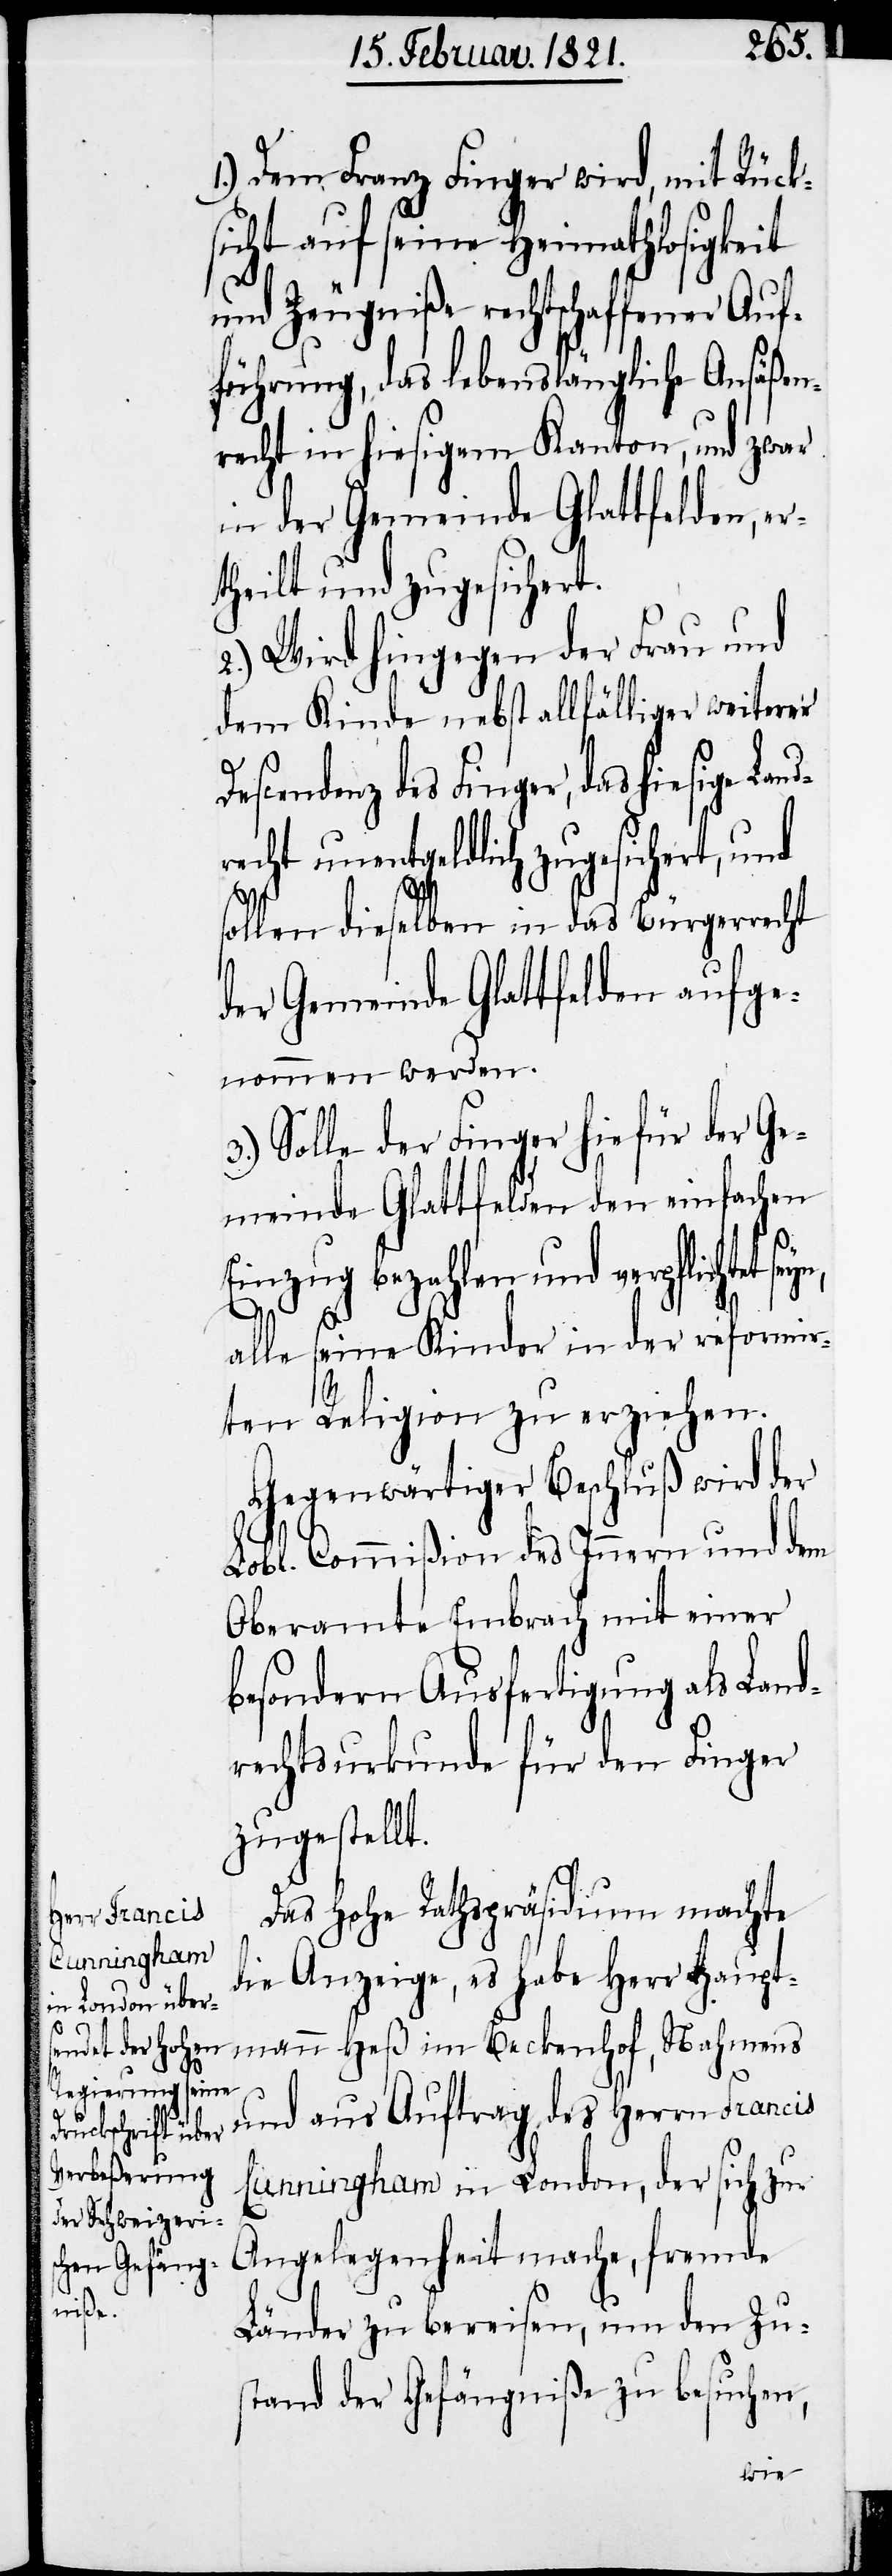
1.) Dem Franz Finger wird, mit Rück¬
sicht auf seine Heimathlosigkeit
und Zeugniße rechtschaffener Auf¬
führung, das lebenslängliche Ansäßen¬
recht in hiesigem Kanton, und zwar
in der Gemeinde Glattfelden, er¬
theilt und zugesichert.
2.) Wird hingegen der Frau und
dem Kinde nebst allfälliger weiterer
Finger, das hiesige Land¬
recht unentgeldlich zugesichert, und
sollen dieselben in das Bürgerrecht
der Gemeinde Glattfelden aufge¬
nommen werden.
3.) Solle der Finger hiefür der Ge¬
meinde Glattfelden den einfachen
Einzug bezahlen und verpflichtet
alle seine Kinder in der reformir¬
ten Religion zu erziehen.
Gegenwärtiger Beschluß wird der
Lobl. Commißion des Innern und dem
Oberamte Embrach mit einer
besondern Ausfertigung als Land¬
rechtsurkunde für den Finger
zugestellt.
Das hohe Rathspräsidium machte
die Anzeige, es habe Herr Haupt¬
mann Heß im Beckenhof, Nahmens
und aus Auftrag, des Herrn Francis
Cunningham in London, der sich zur
Angelegenheit mache, fremde
Länder zu bereisen, um den Zu¬
stand der Gefängniße zu besuchen,